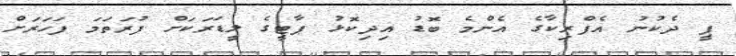
ޕީ ދެކުނު އެފްރިކާގެ އެންމެ ބޮޑު އިދިކޮޅު ޕާޓީގެ ލީޑަރަކަށް ފުރަތަމަ ފަހަރަށް